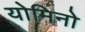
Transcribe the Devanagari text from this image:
योमिनो